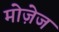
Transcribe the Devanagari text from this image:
मोज़ेज